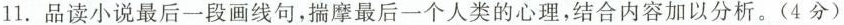
11.品读小说最后一段画线句，揣摩最后一个人类的心理，结合内容加以分析。